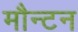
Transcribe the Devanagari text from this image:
मौन्टन